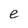
Character: e